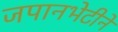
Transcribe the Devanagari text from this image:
जपानभेटीने